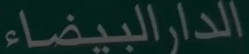
الدارالبيضاء